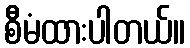
စီမံထားပါတယ်။